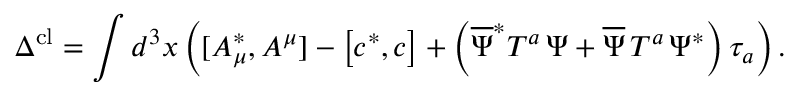
\Delta ^ { \mathrm { c l } } = \int d ^ { 3 } x \left( [ A _ { \mu } ^ { * } , A ^ { \mu } ] - \left[ c ^ { * } , c \right] + \left( \overline { { { \Psi } } } ^ { * } T ^ { a } \, \Psi + \overline { { { \Psi } } } \, T ^ { a } \, \Psi ^ { * } \right) \tau _ { a } \right) .